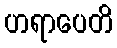
ဟရာပေတိ